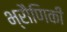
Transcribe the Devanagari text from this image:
भ्रौणिकी